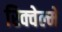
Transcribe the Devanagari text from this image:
रिक्वेल्मे